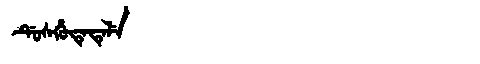
Manchu: ᡩᡠᠰᡥᡠᡨᡝᡨᡝᠯᡝ
Romanization: DUSHUTETELE